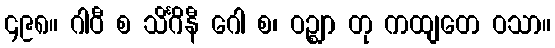
၄၉၈။ ဂါဝီ စ သိင်္ဂိနီ ဂေါ စ၊ ဝဉ္ဈာ တု ကထျတေ ဝသာ။